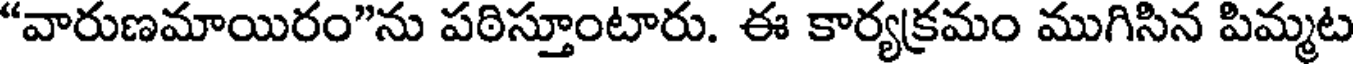
"వారుణమాయిరం"ను పఠిస్తూంటారు. ఈ కార్యక్రమం ముగిసిన పిమ్మట